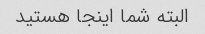
البته شما اینجا هستید